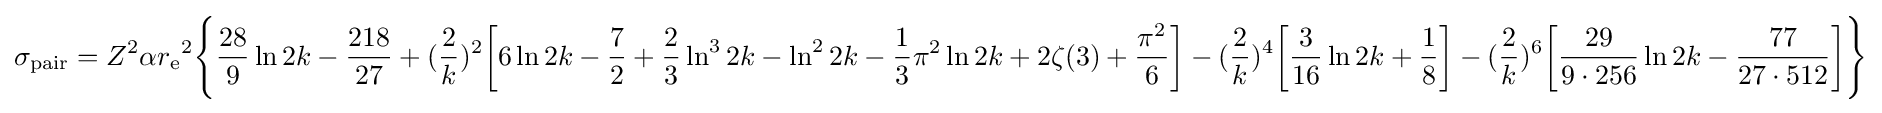
\sigma _{\text{pair}}=Z^{2}\alpha {r_{\text{e}}}^{2}{\Biggl \{}{\frac {28}{9}}\ln {2k}-{\frac {218}{27}}+({\frac {2}{k}})^{2}{\biggl [}6\ln {2k}-{\frac {7}{2}}+{\frac {2}{3}}\ln ^{3}{2k}-\ln ^{2}{2k}-{\frac {1}{3}}\pi ^{2}\ln {2k}+2\zeta (3)+{\frac {\pi ^{2}}{6}}{\biggr ]}-({\frac {2}{k}})^{4}{\biggl [}{\frac {3}{16}}\ln {2k}+{\frac {1}{8}}{\biggr ]}-({\frac {2}{k}})^{6}{\biggl [}{\frac {29}{9\cdot 256}}\ln {2k}-{\frac {77}{27\cdot 512}}{\biggr ]}{\Biggr \}}